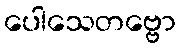
ပေါသေတဗ္ဗော